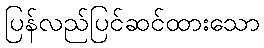
ပြန်လည်ပြင်ဆင်ထားသော